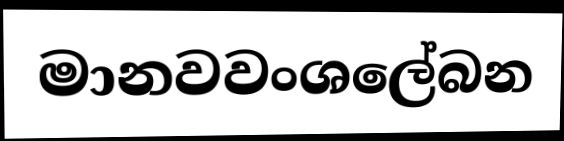
මානවවංශලේබන